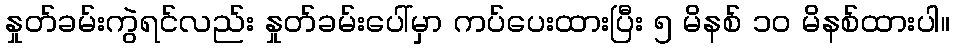
နှုတ်ခမ်းကွဲရင်လည်း နှုတ်ခမ်းပေါ်မှာ ကပ်ပေးထားပြီး ၅ မိနစ် ၁၀ မိနစ်ထားပါ။